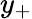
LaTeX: y_{+}